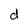
Character: d